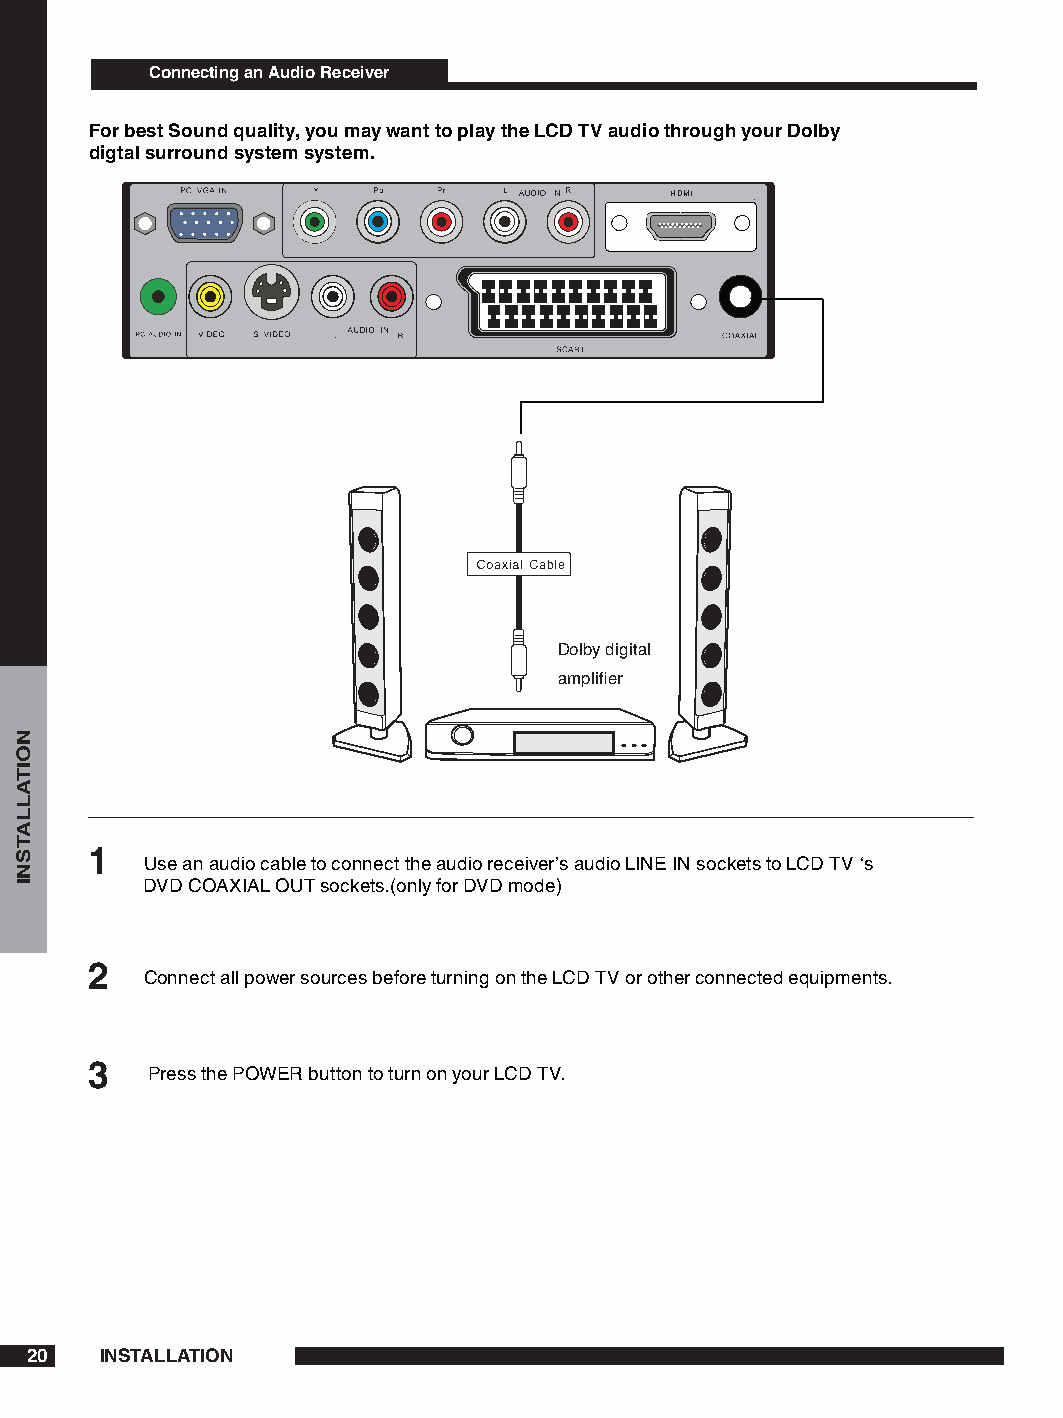
Connecting an Audio Receiver
 For best Sound quality, you may want to play the LCD TV audio through your Dolby
 digtal surround system system.
 HDMI
 Dolby digital
 amplifier
 
 Use an audio cable to connect the audio receiver’s audio LINE IN sockets to LCD TV ‘s
 DVD COAXIAL OUT sockets.(only for DVD mode)
 
 Connect all power sources before turning on the LCD TV or other connected equipments.
    Press the POWER button to turn on your LCD TV.
 0   INSTALLATION
 NOITALLATSNI